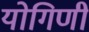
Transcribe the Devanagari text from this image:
योगिणी